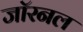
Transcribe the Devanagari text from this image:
जॉरनल